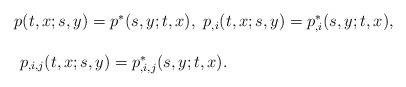
LaTeX: \begin{align*}\begin{array}{ll}p(t,x;s,y)=p^*(s,y;t,x),~p_{,i}(t,x;s,y)=p^*_{,i}(s,y;t,x),\\\\~p_{,i,j}(t,x;s,y)=p^*_{,i,j}(s,y;t,x).\end{array}\end{align*}